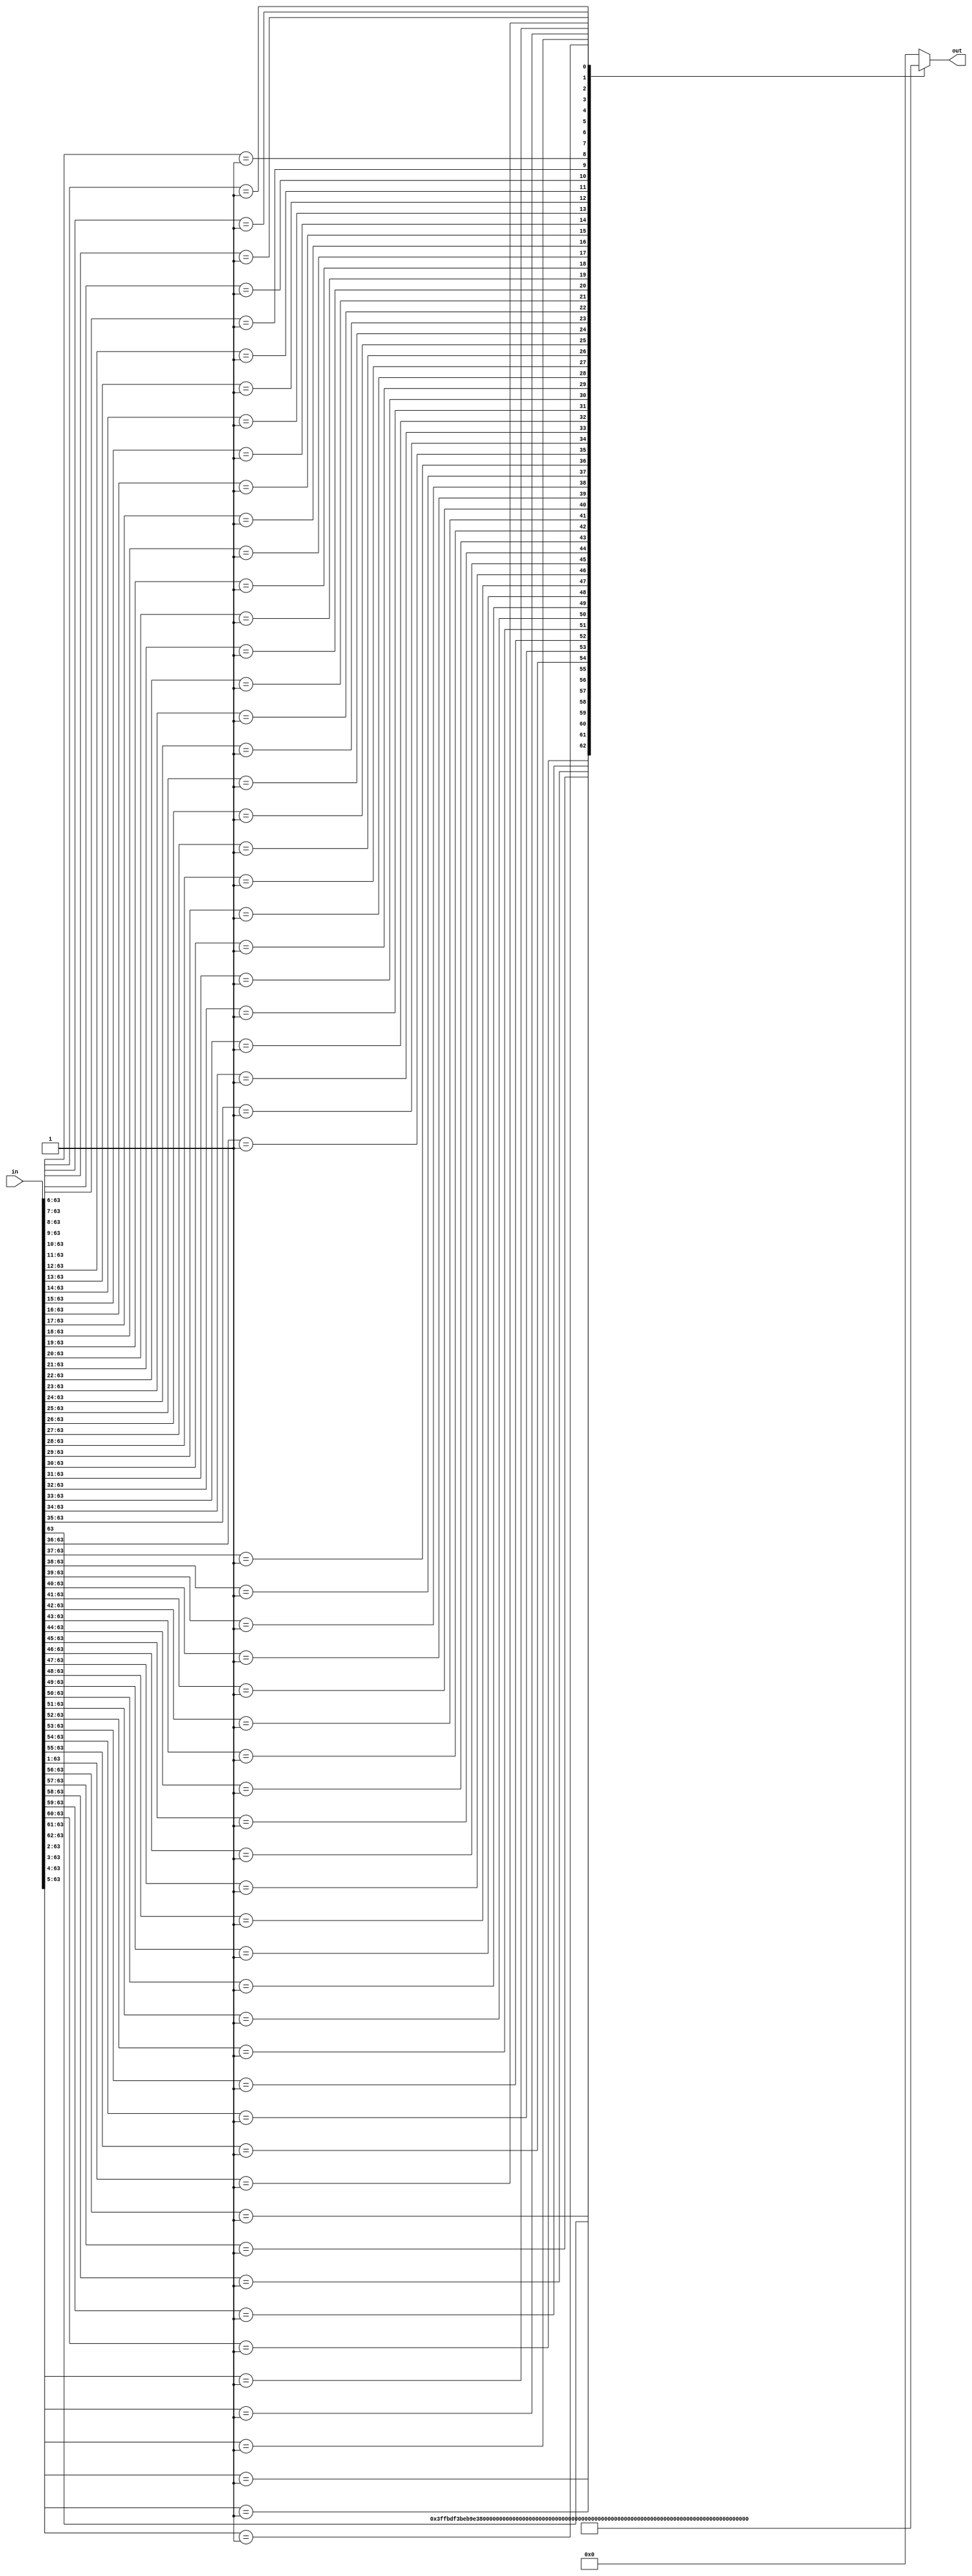
`timescale 1ns / 1ps

module priority_encoder64(input [63:0] in,
		     output reg [5:0] out);
   

  always @* begin
      casex(in)
        64'b1xxx_xxxx_xxxx_xxxx_xxxx_xxxx_xxxx_xxxx_xxxx_xxxx_xxxx_xxxx_xxxx_xxxx_xxxx_xxxx: out = 6'd63;
        64'b01xx_xxxx_xxxx_xxxx_xxxx_xxxx_xxxx_xxxx_xxxx_xxxx_xxxx_xxxx_xxxx_xxxx_xxxx_xxxx: out = 6'd62;
        64'b001x_xxxx_xxxx_xxxx_xxxx_xxxx_xxxx_xxxx_xxxx_xxxx_xxxx_xxxx_xxxx_xxxx_xxxx_xxxx: out = 6'd61;
        64'b0001_xxxx_xxxx_xxxx_xxxx_xxxx_xxxx_xxxx_xxxx_xxxx_xxxx_xxxx_xxxx_xxxx_xxxx_xxxx: out = 6'd60;
        64'b0000_1xxx_xxxx_xxxx_xxxx_xxxx_xxxx_xxxx_xxxx_xxxx_xxxx_xxxx_xxxx_xxxx_xxxx_xxxx: out = 6'd59;
        64'b0000_01xx_xxxx_xxxx_xxxx_xxxx_xxxx_xxxx_xxxx_xxxx_xxxx_xxxx_xxxx_xxxx_xxxx_xxxx: out = 6'd58;
        64'b0000_001x_xxxx_xxxx_xxxx_xxxx_xxxx_xxxx_xxxx_xxxx_xxxx_xxxx_xxxx_xxxx_xxxx_xxxx: out = 6'd57;
        64'b0000_0001_xxxx_xxxx_xxxx_xxxx_xxxx_xxxx_xxxx_xxxx_xxxx_xxxx_xxxx_xxxx_xxxx_xxxx: out = 6'd56;
        64'b0000_0000_1xxx_xxxx_xxxx_xxxx_xxxx_xxxx_xxxx_xxxx_xxxx_xxxx_xxxx_xxxx_xxxx_xxxx: out = 6'd55;
        64'b0000_0000_01xx_xxxx_xxxx_xxxx_xxxx_xxxx_xxxx_xxxx_xxxx_xxxx_xxxx_xxxx_xxxx_xxxx: out = 6'd54;
        64'b0000_0000_001x_xxxx_xxxx_xxxx_xxxx_xxxx_xxxx_xxxx_xxxx_xxxx_xxxx_xxxx_xxxx_xxxx: out = 6'd53;
        64'b0000_0000_0001_xxxx_xxxx_xxxx_xxxx_xxxx_xxxx_xxxx_xxxx_xxxx_xxxx_xxxx_xxxx_xxxx: out = 6'd52;
        64'b0000_0000_0000_1xxx_xxxx_xxxx_xxxx_xxxx_xxxx_xxxx_xxxx_xxxx_xxxx_xxxx_xxxx_xxxx: out = 6'd51;
        64'b0000_0000_0000_01xx_xxxx_xxxx_xxxx_xxxx_xxxx_xxxx_xxxx_xxxx_xxxx_xxxx_xxxx_xxxx: out = 6'd50;
        64'b0000_0000_0000_001x_xxxx_xxxx_xxxx_xxxx_xxxx_xxxx_xxxx_xxxx_xxxx_xxxx_xxxx_xxxx: out = 6'd49;
        64'b0000_0000_0000_0001_xxxx_xxxx_xxxx_xxxx_xxxx_xxxx_xxxx_xxxx_xxxx_xxxx_xxxx_xxxx: out = 6'd48;
        64'b0000_0000_0000_0000_1xxx_xxxx_xxxx_xxxx_xxxx_xxxx_xxxx_xxxx_xxxx_xxxx_xxxx_xxxx: out = 6'd47;
        64'b0000_0000_0000_0000_01xx_xxxx_xxxx_xxxx_xxxx_xxxx_xxxx_xxxx_xxxx_xxxx_xxxx_xxxx: out = 6'd46;
        64'b0000_0000_0000_0000_001x_xxxx_xxxx_xxxx_xxxx_xxxx_xxxx_xxxx_xxxx_xxxx_xxxx_xxxx: out = 6'd45;
        64'b0000_0000_0000_0000_0001_xxxx_xxxx_xxxx_xxxx_xxxx_xxxx_xxxx_xxxx_xxxx_xxxx_xxxx: out = 6'd44;
        64'b0000_0000_0000_0000_0000_1xxx_xxxx_xxxx_xxxx_xxxx_xxxx_xxxx_xxxx_xxxx_xxxx_xxxx: out = 6'd43;
        64'b0000_0000_0000_0000_0000_01xx_xxxx_xxxx_xxxx_xxxx_xxxx_xxxx_xxxx_xxxx_xxxx_xxxx: out = 6'd42;
        64'b0000_0000_0000_0000_0000_001x_xxxx_xxxx_xxxx_xxxx_xxxx_xxxx_xxxx_xxxx_xxxx_xxxx: out = 6'd41;
        64'b0000_0000_0000_0000_0000_0001_xxxx_xxxx_xxxx_xxxx_xxxx_xxxx_xxxx_xxxx_xxxx_xxxx: out = 6'd40;
        64'b0000_0000_0000_0000_0000_0000_1xxx_xxxx_xxxx_xxxx_xxxx_xxxx_xxxx_xxxx_xxxx_xxxx: out = 6'd39;
        64'b0000_0000_0000_0000_0000_0000_01xx_xxxx_xxxx_xxxx_xxxx_xxxx_xxxx_xxxx_xxxx_xxxx: out = 6'd38;
        64'b0000_0000_0000_0000_0000_0000_001x_xxxx_xxxx_xxxx_xxxx_xxxx_xxxx_xxxx_xxxx_xxxx: out = 6'd37;
        64'b0000_0000_0000_0000_0000_0000_0001_xxxx_xxxx_xxxx_xxxx_xxxx_xxxx_xxxx_xxxx_xxxx: out = 6'd36;
        64'b0000_0000_0000_0000_0000_0000_0000_1xxx_xxxx_xxxx_xxxx_xxxx_xxxx_xxxx_xxxx_xxxx: out = 6'd35;
        64'b0000_0000_0000_0000_0000_0000_0000_01xx_xxxx_xxxx_xxxx_xxxx_xxxx_xxxx_xxxx_xxxx: out = 6'd34;
        64'b0000_0000_0000_0000_0000_0000_0000_001x_xxxx_xxxx_xxxx_xxxx_xxxx_xxxx_xxxx_xxxx: out = 6'd33;
        64'b0000_0000_0000_0000_0000_0000_0000_0001_xxxx_xxxx_xxxx_xxxx_xxxx_xxxx_xxxx_xxxx: out = 6'd32;
        64'b0000_0000_0000_0000_0000_0000_0000_0000_1xxx_xxxx_xxxx_xxxx_xxxx_xxxx_xxxx_xxxx: out = 6'd31;
        64'b0000_0000_0000_0000_0000_0000_0000_0000_01xx_xxxx_xxxx_xxxx_xxxx_xxxx_xxxx_xxxx: out = 6'd30;
        64'b0000_0000_0000_0000_0000_0000_0000_0000_001x_xxxx_xxxx_xxxx_xxxx_xxxx_xxxx_xxxx: out = 6'd29;
        64'b0000_0000_0000_0000_0000_0000_0000_0000_0001_xxxx_xxxx_xxxx_xxxx_xxxx_xxxx_xxxx: out = 6'd28;
        64'b0000_0000_0000_0000_0000_0000_0000_0000_0000_1xxx_xxxx_xxxx_xxxx_xxxx_xxxx_xxxx: out = 6'd27;
        64'b0000_0000_0000_0000_0000_0000_0000_0000_0000_01xx_xxxx_xxxx_xxxx_xxxx_xxxx_xxxx: out = 6'd26;
        64'b0000_0000_0000_0000_0000_0000_0000_0000_0000_001x_xxxx_xxxx_xxxx_xxxx_xxxx_xxxx: out = 6'd25;
        64'b0000_0000_0000_0000_0000_0000_0000_0000_0000_0001_xxxx_xxxx_xxxx_xxxx_xxxx_xxxx: out = 6'd24;
        64'b0000_0000_0000_0000_0000_0000_0000_0000_0000_0000_1xxx_xxxx_xxxx_xxxx_xxxx_xxxx: out = 6'd23;
        64'b0000_0000_0000_0000_0000_0000_0000_0000_0000_0000_01xx_xxxx_xxxx_xxxx_xxxx_xxxx: out = 6'd22;
        64'b0000_0000_0000_0000_0000_0000_0000_0000_0000_0000_001x_xxxx_xxxx_xxxx_xxxx_xxxx: out = 6'd21;
        64'b0000_0000_0000_0000_0000_0000_0000_0000_0000_0000_0001_xxxx_xxxx_xxxx_xxxx_xxxx: out = 6'd20;
        64'b0000_0000_0000_0000_0000_0000_0000_0000_0000_0000_0000_1xxx_xxxx_xxxx_xxxx_xxxx: out = 6'd19;
        64'b0000_0000_0000_0000_0000_0000_0000_0000_0000_0000_0000_01xx_xxxx_xxxx_xxxx_xxxx: out = 6'd18;
        64'b0000_0000_0000_0000_0000_0000_0000_0000_0000_0000_0000_001x_xxxx_xxxx_xxxx_xxxx: out = 6'd17;
        64'b0000_0000_0000_0000_0000_0000_0000_0000_0000_0000_0000_0001_xxxx_xxxx_xxxx_xxxx: out = 6'd16;
        64'b0000_0000_0000_0000_0000_0000_0000_0000_0000_0000_0000_0000_1xxx_xxxx_xxxx_xxxx: out = 6'd15;
        64'b0000_0000_0000_0000_0000_0000_0000_0000_0000_0000_0000_0000_01xx_xxxx_xxxx_xxxx: out = 6'd14;
        64'b0000_0000_0000_0000_0000_0000_0000_0000_0000_0000_0000_0000_001x_xxxx_xxxx_xxxx: out = 6'd13;
        64'b0000_0000_0000_0000_0000_0000_0000_0000_0000_0000_0000_0000_0001_xxxx_xxxx_xxxx: out = 6'd12;
        64'b0000_0000_0000_0000_0000_0000_0000_0000_0000_0000_0000_0000_0000_1xxx_xxxx_xxxx: out = 6'd11;
        64'b0000_0000_0000_0000_0000_0000_0000_0000_0000_0000_0000_0000_0000_01xx_xxxx_xxxx: out = 6'd10;
        64'b0000_0000_0000_0000_0000_0000_0000_0000_0000_0000_0000_0000_0000_001x_xxxx_xxxx: out = 6'd9;
        64'b0000_0000_0000_0000_0000_0000_0000_0000_0000_0000_0000_0000_0000_0001_xxxx_xxxx: out = 6'd8;
        64'b0000_0000_0000_0000_0000_0000_0000_0000_0000_0000_0000_0000_0000_0000_1xxx_xxxx: out = 6'd7;
        64'b0000_0000_0000_0000_0000_0000_0000_0000_0000_0000_0000_0000_0000_0000_01xx_xxxx: out = 6'd6;
        64'b0000_0000_0000_0000_0000_0000_0000_0000_0000_0000_0000_0000_0000_0000_001x_xxxx: out = 6'd5;
        64'b0000_0000_0000_0000_0000_0000_0000_0000_0000_0000_0000_0000_0000_0000_0001_xxxx: out = 6'd4;
        64'b0000_0000_0000_0000_0000_0000_0000_0000_0000_0000_0000_0000_0000_0000_0000_1xxx: out = 6'd3;
        64'b0000_0000_0000_0000_0000_0000_0000_0000_0000_0000_0000_0000_0000_0000_0000_01xx: out = 6'd2;
        64'b0000_0000_0000_0000_0000_0000_0000_0000_0000_0000_0000_0000_0000_0000_0000_001x: out = 6'd1;
        64'b0000_0000_0000_0000_0000_0000_0000_0000_0000_0000_0000_0000_0000_0000_0000_0001: out = 6'd0;
        default                                                                           : out = 6'd0;
      endcase
  end

endmodule